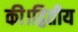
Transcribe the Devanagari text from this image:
की।द्वितीय